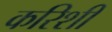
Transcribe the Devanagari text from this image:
करिशी